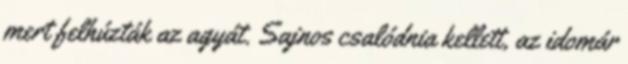
mert felhúzták az agyát. Sajnos csalódnia kellett, az idomár